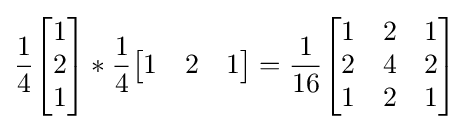
{\frac {1}{4}}{\begin{bmatrix}1\\2\\1\end{bmatrix}}*{\frac {1}{4}}{\begin{bmatrix}1&2&1\end{bmatrix}}={\frac {1}{16}}{\begin{bmatrix}1&2&1\\2&4&2\\1&2&1\end{bmatrix}}